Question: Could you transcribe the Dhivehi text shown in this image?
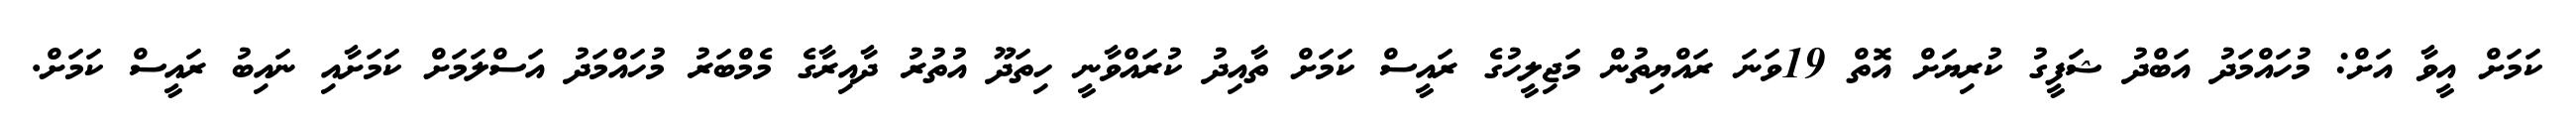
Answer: ކަމަށް އީވާ އަށް: މުހައްމަދު އަބްދު ޝަފީގު ކުރިޔަށް އޮތް 19ވަނަ ރައްޔިތުން މަޖިލީހުގެ ރައީސް ކަމަށް ތާއިދު ކުރައްވާނީ ހިތަދޫ އުތުރު ދާއިރާގެ މެމްބަރު މުހައްމަދު އަސްލަމަށް ކަމަށާއި ނައިބު ރައީސް ކަމަށް.